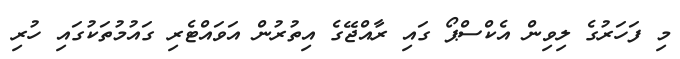
މި ފަހަރުގެ ލިވިން އެކްސްޕޯ ގައި ރާއްޖޭގެ އިތުރުން އަވައްޓެރި ގައުމުތަކުގައި ހުރި